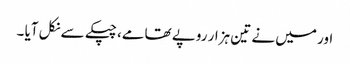
اور میں نے تین ہزار روپے تھامے، چپکے سے نکل آیا ۔